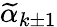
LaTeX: \widetilde\alpha_{k\pm 1}